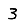
Digit: 3